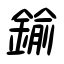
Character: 鍮